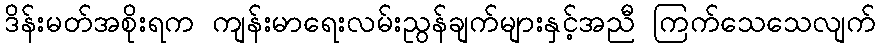
ဒိန်းမတ်အစိုးရက ကျန်းမာရေးလမ်းညွန်ချက်များနှင့်အညီ ကြက်သေသေလျက်